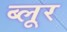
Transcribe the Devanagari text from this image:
ब्लूर